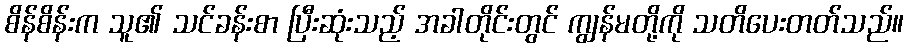
စိန်စိန်းက သူ၏ သင်ခန်းစာ ပြီးဆုံးသည့် အခါတိုင်းတွင် ကျွန်မတို့ကို သတိပေးတတ်သည်။